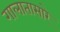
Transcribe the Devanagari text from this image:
गालातासारे